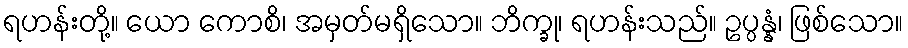
ရဟန်းတို့။ ယော ကောစိ၊ အမှတ်မရှိသော။ ဘိက္ခု၊ ရဟန်းသည်။ ဥပ္ပန္နံ၊ ဖြစ်သော။